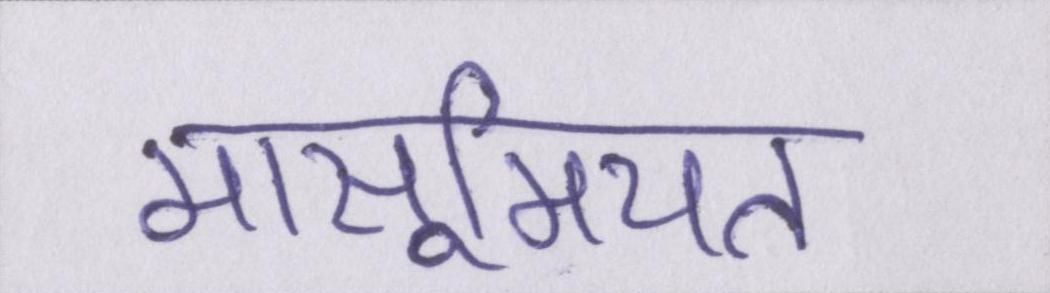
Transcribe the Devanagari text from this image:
मासूमियत